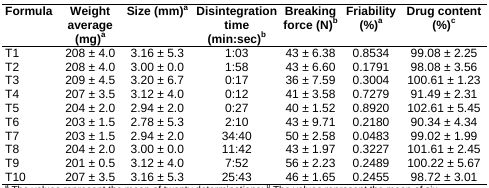
<table><thead><tr><td><b>Formula</b></td><td><b>Weight average (mg)<sup>a</sup></b></td><td><b>Size (mm)<sup>a</sup></b></td><td><b>Disintegration time (min:sec)<sup>b</sup></b></td><td><b>Breaking force (N)<sup>b</sup></b></td><td><b>Friability (%)<sup>a</sup></b></td><td><b>Drug content (%)<sup>c</sup></b></td></tr></thead><tbody><tr><td>T1</td><td>208 ± 4.0</td><td>3.16 ± 5.3</td><td>1:03</td><td>43 ± 6.38</td><td>0.8534</td><td>99.08 ± 2.25</td></tr><tr><td>T2</td><td>208 ± 4.0</td><td>3.00 ± 0.0</td><td>1:58</td><td>43 ± 6.60</td><td>0.1791</td><td>98.08 ± 3.56</td></tr><tr><td>T3</td><td>209 ± 4.5</td><td>3.20 ± 6.7</td><td>0:17</td><td>36 ± 7.59</td><td>0.3004</td><td>100.61 ± 1.23</td></tr><tr><td>T4</td><td>207 ± 3.5</td><td>3.12 ± 4.0</td><td>0:12</td><td>41 ± 3.58</td><td>0.7279</td><td>91.49 ± 2.31</td></tr><tr><td>T5</td><td>204 ± 2.0</td><td>2.94 ± 2.0</td><td>0:27</td><td>40 ± 1.52</td><td>0.8920</td><td>102.61 ± 5.45</td></tr><tr><td>T6</td><td>203 ± 1.5</td><td>2.78 ± 5.3</td><td>2:10</td><td>43 ± 9.71</td><td>0.2180</td><td>90.34 ± 4.34</td></tr><tr><td>T7</td><td>203 ± 1.5</td><td>2.94 ± 2.0</td><td>34:40</td><td>50 ± 2.58</td><td>0.0483</td><td>99.02 ± 1.99</td></tr><tr><td>T8</td><td>204 ± 2.0</td><td>3.00 ± 0.0</td><td>11:42</td><td>43 ± 1.97</td><td>0.3227</td><td>101.61 ± 2.45</td></tr><tr><td>T9</td><td>201 ± 0.5</td><td>3.12 ± 4.0</td><td>7:52</td><td>56 ± 2.23</td><td>0.2489</td><td>100.22 ± 5.67</td></tr><tr><td>T10</td><td>207 ± 3.5</td><td>3.16 ± 5.3</td><td>25:43</td><td>46 ± 1.65</td><td>0.2455</td><td>98.72 ± 3.01</td></tr></tbody></table>